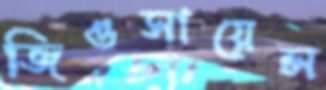
জিওসায়েন্স